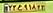
۲۲ع۹۱۸۴۳